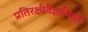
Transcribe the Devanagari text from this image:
प्रतिरक्षीवैज्ञानिकों